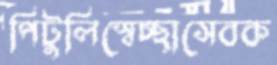
পিটুলিস্বেচ্ছাসেবক